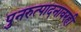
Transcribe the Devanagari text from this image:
पुनरुत्पादनावरही